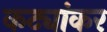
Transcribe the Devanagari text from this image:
कट्यांकर